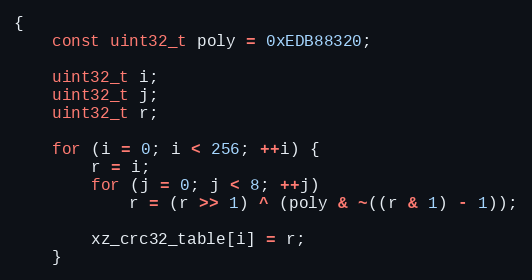
Language: C
{
    const uint32_t poly = 0xEDB88320;

    uint32_t i;
    uint32_t j;
    uint32_t r;

    for (i = 0; i < 256; ++i) {
        r = i;
        for (j = 0; j < 8; ++j)
            r = (r >> 1) ^ (poly & ~((r & 1) - 1));

        xz_crc32_table[i] = r;
    }